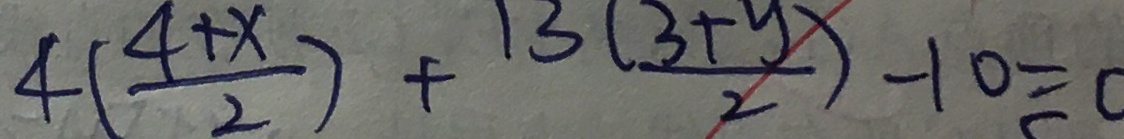
4 ( \frac { 4 + x } { 2 } ) + \frac { 1 3 ( 3 + y ) } { 2 } - 1 0 = 0